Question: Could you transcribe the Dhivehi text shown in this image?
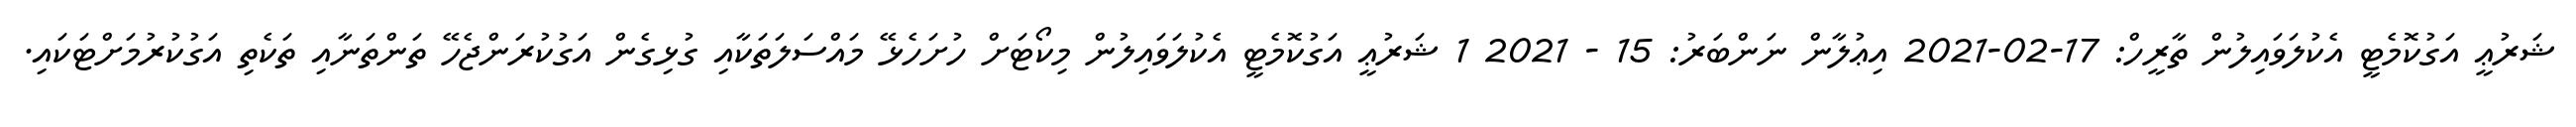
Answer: ޝަރުޢީ އަގުކޮމެޓީ އެކުލަވައިލުން ތާރީހް: 17-02-2021 އިޢުލާން ނަންބަރު: 15 - 2021 1 ޝަރުޢީ އަގުކޮމެޓީ އެކުލަވައިލުން މިކޯޓަށް ހުށަހެޅޭ މައްސަލަތަކާއި ގުޅިގެން އަގުކުރަންޖެހޭ ތަންތަނާއި ތަކެތި އަގުކުރުމަށްޓަކައި.